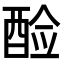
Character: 𫑷